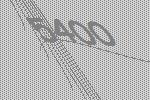
5400